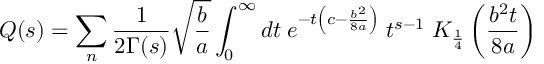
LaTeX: Q ( s ) = \sum _ { n } \frac { 1 } { 2 \Gamma ( s ) } \sqrt { \frac { b } { a } } \int _ { 0 } ^ { \infty } d t \; e ^ { - t \left( c - \frac { b ^ { 2 } } { 8 a } \right) } \; t ^ { s - 1 } \; K _ { \frac { 1 } { 4 } } \left( \frac { b ^ { 2 } t } { 8 a } \right)